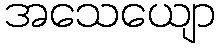
အသေယျော